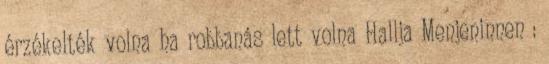
érzékelték volna ha robbanás lett volna Hallja Menjeninnen :